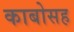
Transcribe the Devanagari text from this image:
काबोसह